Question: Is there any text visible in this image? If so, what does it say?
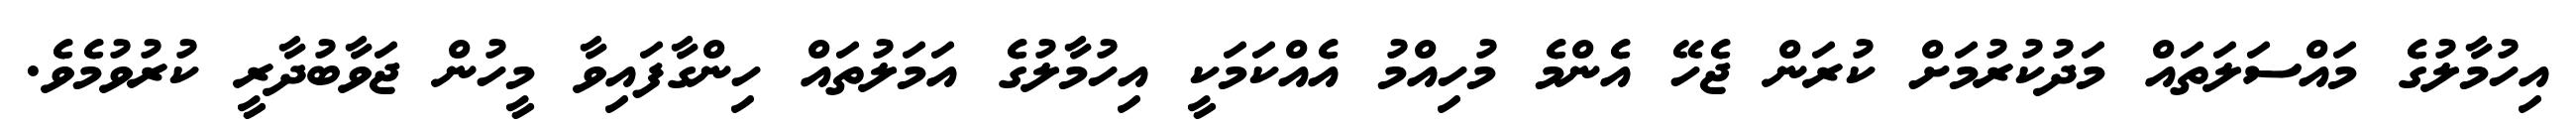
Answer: އިހުމާލުގެ މައްސަލަތައް މަދުކުރުމަށް ކުރަން ޖެހޭ އެންމެ މުހިއްމު އެއްކަމަކީ އިހުމާލުގެ އަމަލުތައް ހިންގާފައިވާ މީހުން ޖަވާބުދާރީ ކުރުވުމެވެ.